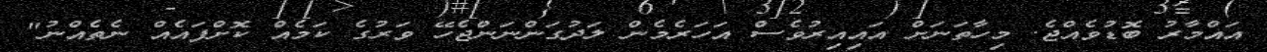
އައްމާރު ބޮޑުވެއްޖެ. މިހާތަނަށް އައިއިރުވެސް އަހަރެމެން ލަދުގަންނަންޖެހޭ ވަރުގެ ކަމެއް ކޮށްފައެއް ނެތެއްނު"